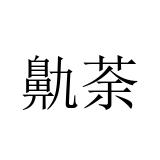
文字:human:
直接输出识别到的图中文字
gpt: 鼽荼